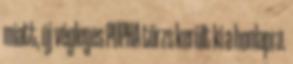
miatt, új végleges PUPHA törzs került ki a honlapra.